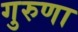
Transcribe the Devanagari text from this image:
गुरुणा